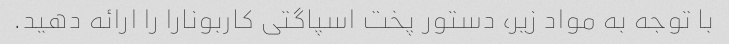
با توجه به مواد زیر، دستور پخت اسپاگتی کاربونارا را ارائه دهید.